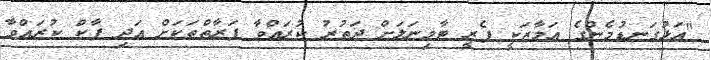
"އަޅުގަނޑުމެންގެ އަމާޒަކީ ފެރީ ޓާމިނަލަށް ދަތުރު ކުރައްވާ ފަރާތްތަކަށް އަދި ޕާކް ކުރައްވާ